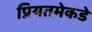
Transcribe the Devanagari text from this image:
प्रियतमेकडे